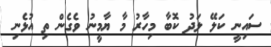
ސައިނީ ކަލޭ ލަދު ކޮބާ މިހާރު މާ ޔާމީނު ވެގެން ތި އުޅެނި